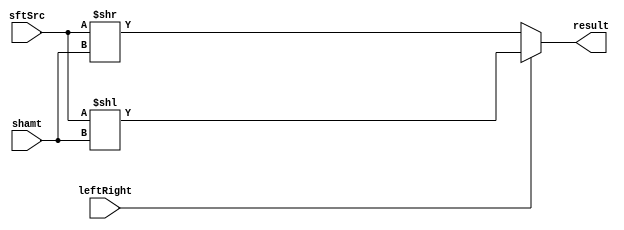
module Shifter( result, leftRight, shamt, sftSrc );

//I/O ports 
output	[32-1:0] result;

input			leftRight;
input	[32-1:0] shamt;
input	[32-1:0] sftSrc ;

//Internal Signals
wire	[32-1:0] result;
  
//Main function
/*your code here*/
assign result = (leftRight == 1'b0)? sftSrc >> shamt:	//when srl from alu_ctrl
  				  				  	 sftSrc << shamt;

endmodule